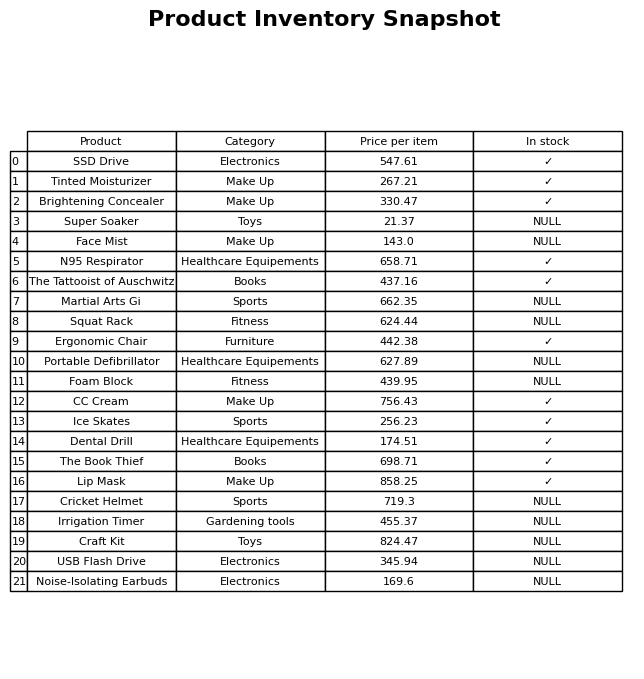
question: What is the price for Squat Rack?
answer: The price of Squat Rack is 624.44.